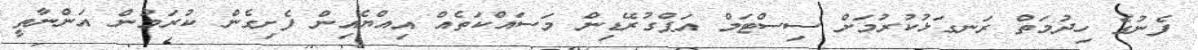
ފެނުގެ ހިދުމަތް ރަނގަޅުކުރުމަށް ސިސްޓަމް އަޕްގުރޭޑިން މަސައްކަތެއް އިއްޔެއިން ފެށިގެން ކުރަމުން އަންނާތީ